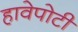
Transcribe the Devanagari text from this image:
हावेपोटी